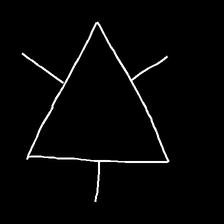
Glyph: fire